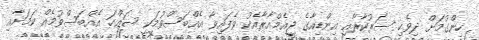
ހިންގުމަށް ދިވެހި ސަރުކާރާއި އިންޑިއާގެ ޖީއެމްއާރާއެކު ވެފައިވާ އެއްބަސްވުމަކީ ސައްހަ އެއްބަސްވުމެއް ކަމަށާއި